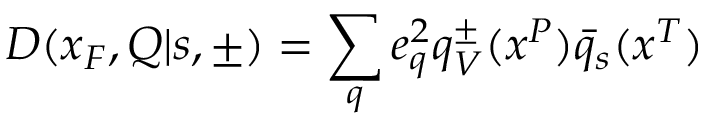
D ( x _ { F } , Q | s , \pm ) = \sum _ { q } e _ { q } ^ { 2 } q _ { V } ^ { \pm } ( x ^ { P } ) \bar { q } _ { s } ( x ^ { T } )